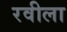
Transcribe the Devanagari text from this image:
रवीला